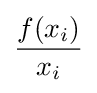
f(x_{i}) \over x_{i}